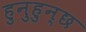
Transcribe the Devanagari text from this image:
हुनुहुन्छ